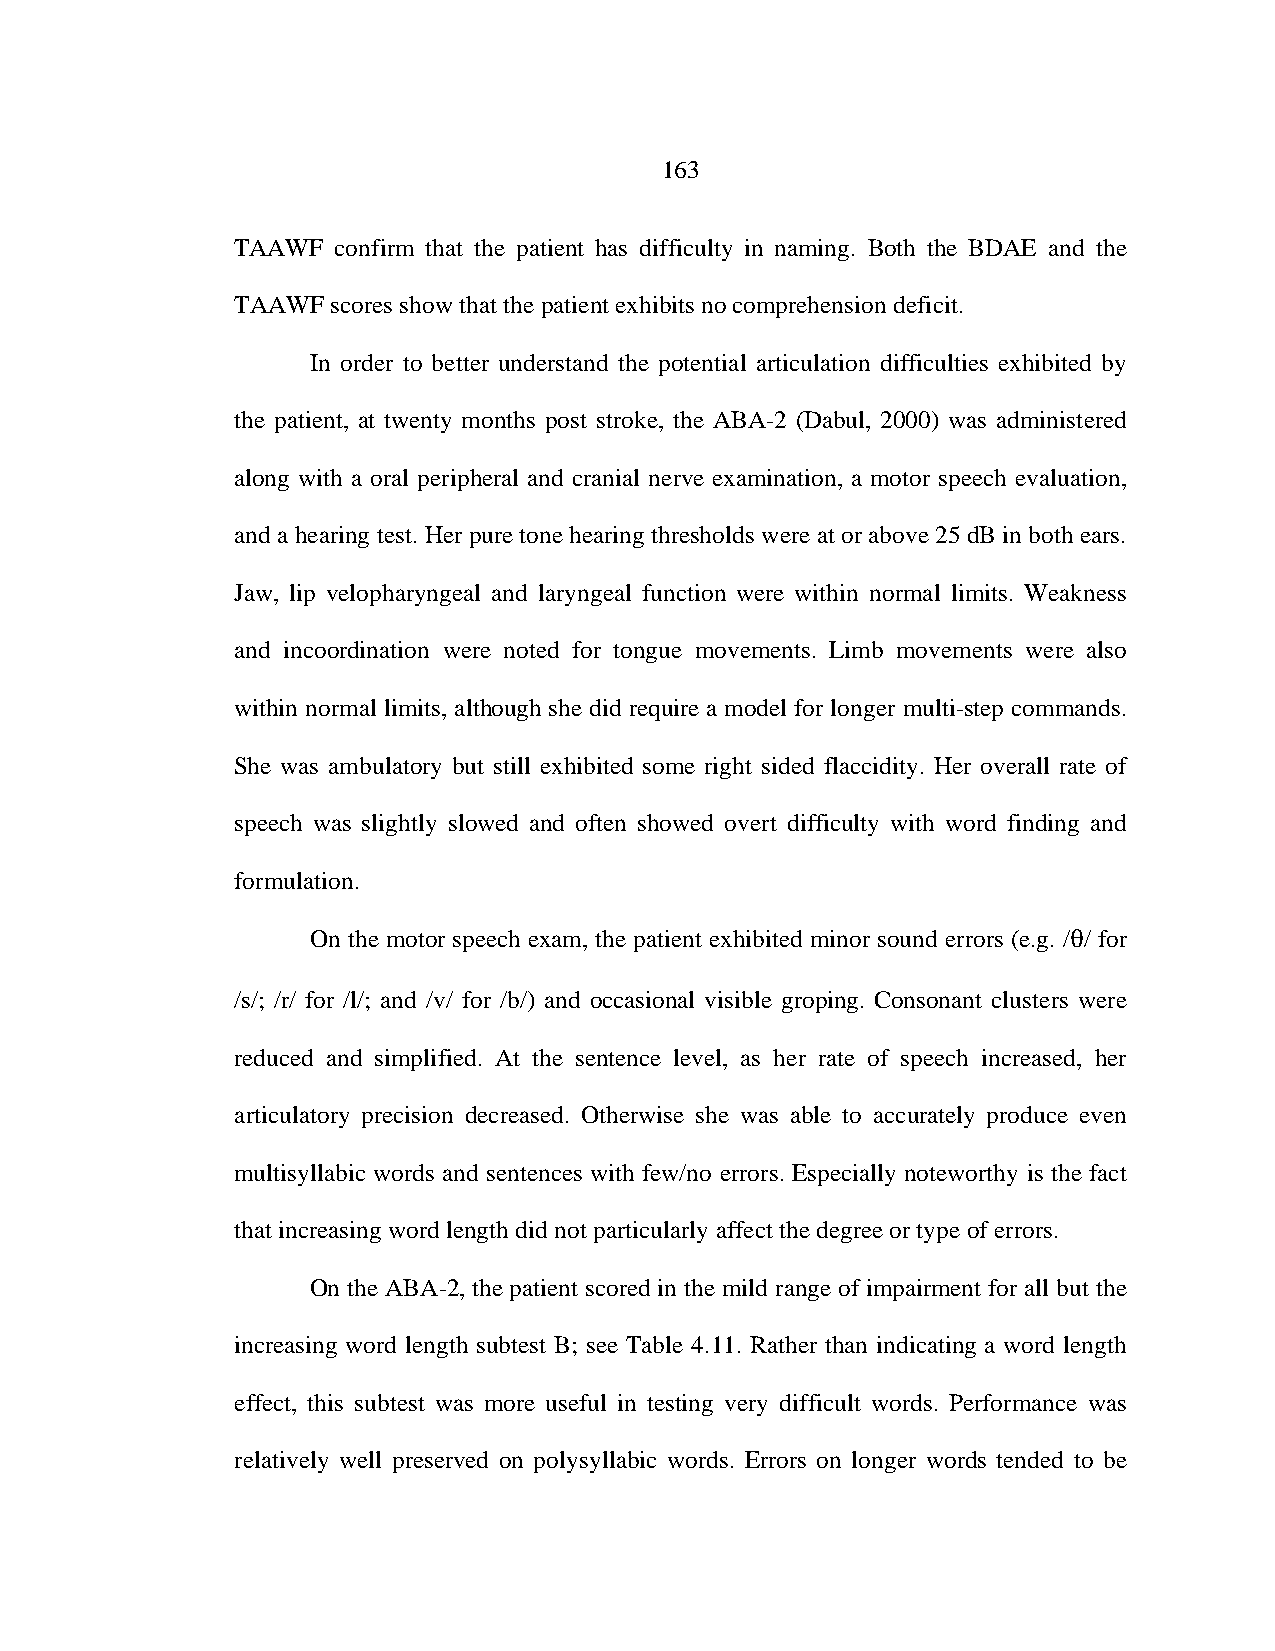
163
 TAAWF confirm that the patient has difficulty in naming. Both the BDAE and the
 TAAWF scores show that the patient exhibits no comprehension deficit.
 In order to better understand the potential articulation difficulties exhibited by
 the patient, at twenty months post stroke, the ABA-2 (Dabul, 2000) was administered
 along with a oral peripheral and cranial nerve examination, a motor speech evaluation,
 and a hearing test. Her pure tone hearing thresholds were at or above 25 dB in both ears.
 Jaw, lip velopharyngeal and laryngeal function were within normal limits. Weakness
 and incoordination were noted for tongue movements. Limb movements were also
 within normal limits, although she did require a model for longer multi-step commands.
 She was ambulatory but still exhibited some right sided flaccidity. Her overall rate of
 speech was slightly slowed and often showed overt difficulty with word finding and
 formulation.
 On the motor speech exam, the patient exhibited minor sound errors (e.g. // for
 /s/; /r/ for /l/; and /v/ for /b/) and occasional visible groping. Consonant clusters were
 reduced and simplified. At the sentence level, as her rate of speech increased, her
 articulatory precision decreased. Otherwise she was able to accurately produce even
 multisyllabic words and sentences with few/no errors. Especially noteworthy is the fact
 that increasing word length did not particularly affect the degree or type of errors.
 On the ABA-2, the patient scored in the mild range of impairment for all but the
 increasing word length subtest B; see Table 4.11. Rather than indicating a word length
 effect, this subtest was more useful in testing very difficult words. Performance was
 relatively well preserved on polysyllabic words. Errors on longer words tended to be